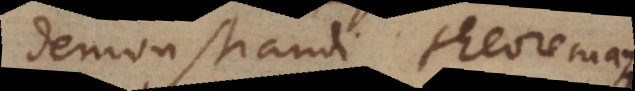
demonstrandi theoremata